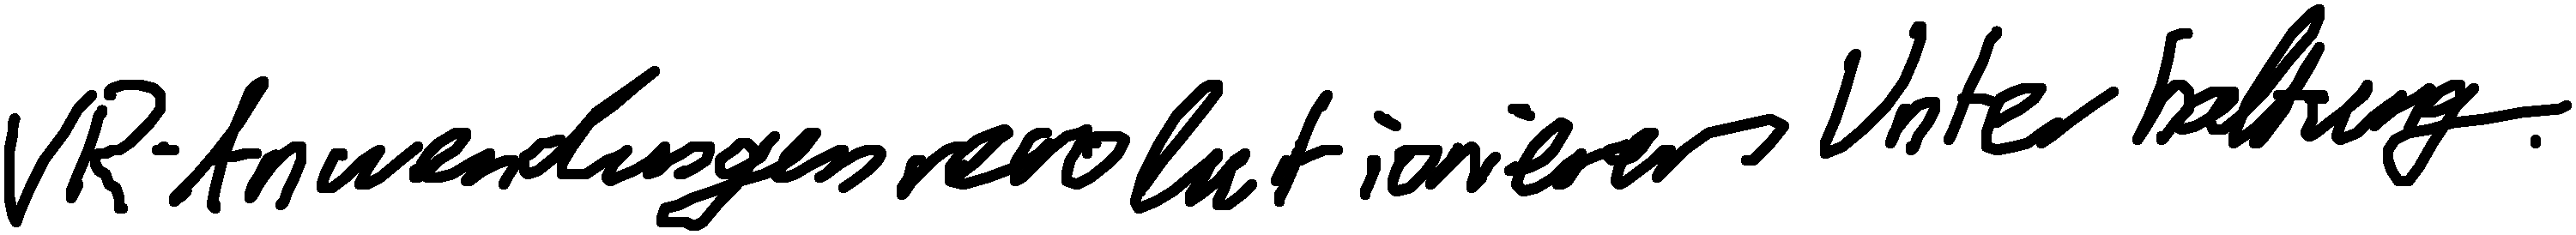
VR-Anwendungen revolutionieren Unterhaltung.